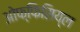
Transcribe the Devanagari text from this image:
ओफ्फिसिय्ल